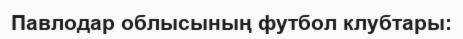
Павлодар облысының футбол клубтары: